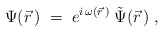
\begin{align*}\Psi( \vec r \, ) \; = \; e^{i \, \omega ( \vec r \, )} \:\tilde{\Psi} ( \vec r \, ) \; , \end{align*}